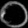
Digit: ၀